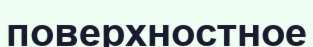
поверхностное